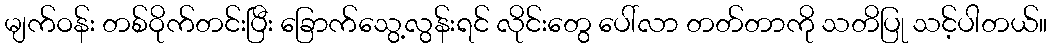
မျက်ဝန်း တစ်ဝိုက်တင်းပြီး ခြောက်သွေ့လွန်းရင် လိုင်းတွေ ပေါ်လာ တတ်တာကို သတိပြု သင့်ပါတယ်။